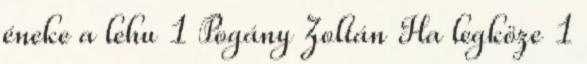
éneke a lehu 1 Pogány Zoltán Ha legköze 1